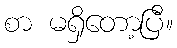
စာ မရှိတော့ပြီ။